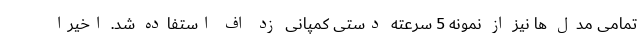
تمامی مدل ها نیز از نمونه 5 سرعته دستی کمپانی زد اف استفاده شد. اخیرا